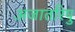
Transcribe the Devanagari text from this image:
अजातरिपु